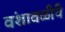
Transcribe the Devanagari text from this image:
वंशावळींचे